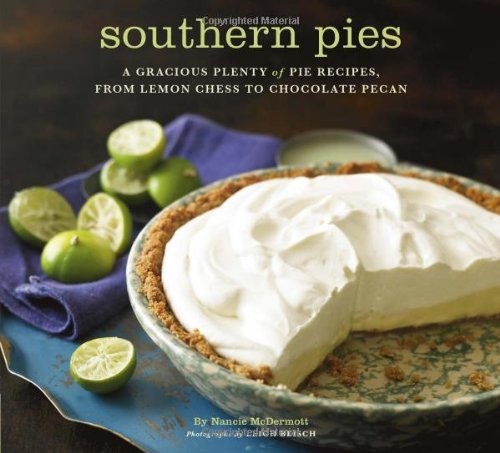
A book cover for Southern Pies: A Gracious Plenty of Pie Recipes, From Lemon Chess to Chocolate Pecan; Nancie McDermott; Cookbooks, Food & Wine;